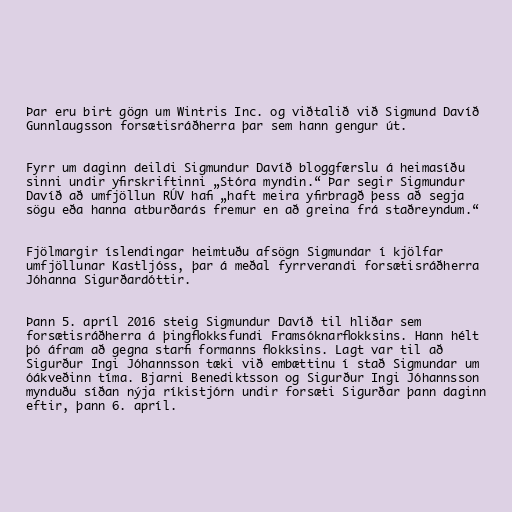
Þar eru birt gögn um Wintris Inc. og viðtalið við Sigmund Davíð
Gunnlaugsson forsætisráðherra þar sem hann gengur út.

Fyrr um daginn deildi Sigmundur Davíð bloggfærslu á heimasíðu
sinni undir yfirskriftinni „Stóra myndin.“ Þar segir Sigmundur
Davíð að umfjöllun RÚV hafi „haft meira yfirbragð þess að segja
sögu eða hanna atburðarás fremur en að greina frá staðreyndum.“

Fjölmargir íslendingar heimtuðu afsögn Sigmundar í kjölfar
umfjöllunar Kastljóss, þar á meðal fyrrverandi forsætisráðherra
Jóhanna Sigurðardóttir.

Þann 5. apríl 2016 steig Sigmundur Davíð til hliðar sem
forsætisráðherra á þingflokksfundi Framsóknarflokksins. Hann hélt
þó áfram að gegna starfi formanns flokksins. Lagt var til að
Sigurður Ingi Jóhannsson tæki við embættinu í stað Sigmundar um
óákveðinn tíma. Bjarni Benediktsson og Sigurður Ingi Jóhannsson
mynduðu síðan nýja ríkistjórn undir forsæti Sigurðar þann daginn
eftir, þann 6. apríl.